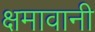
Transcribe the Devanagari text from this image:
क्षमावानी